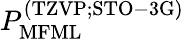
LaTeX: P_{\mathrm{MFML}}^{\mathrm{(TZVP;STO-3G)}}